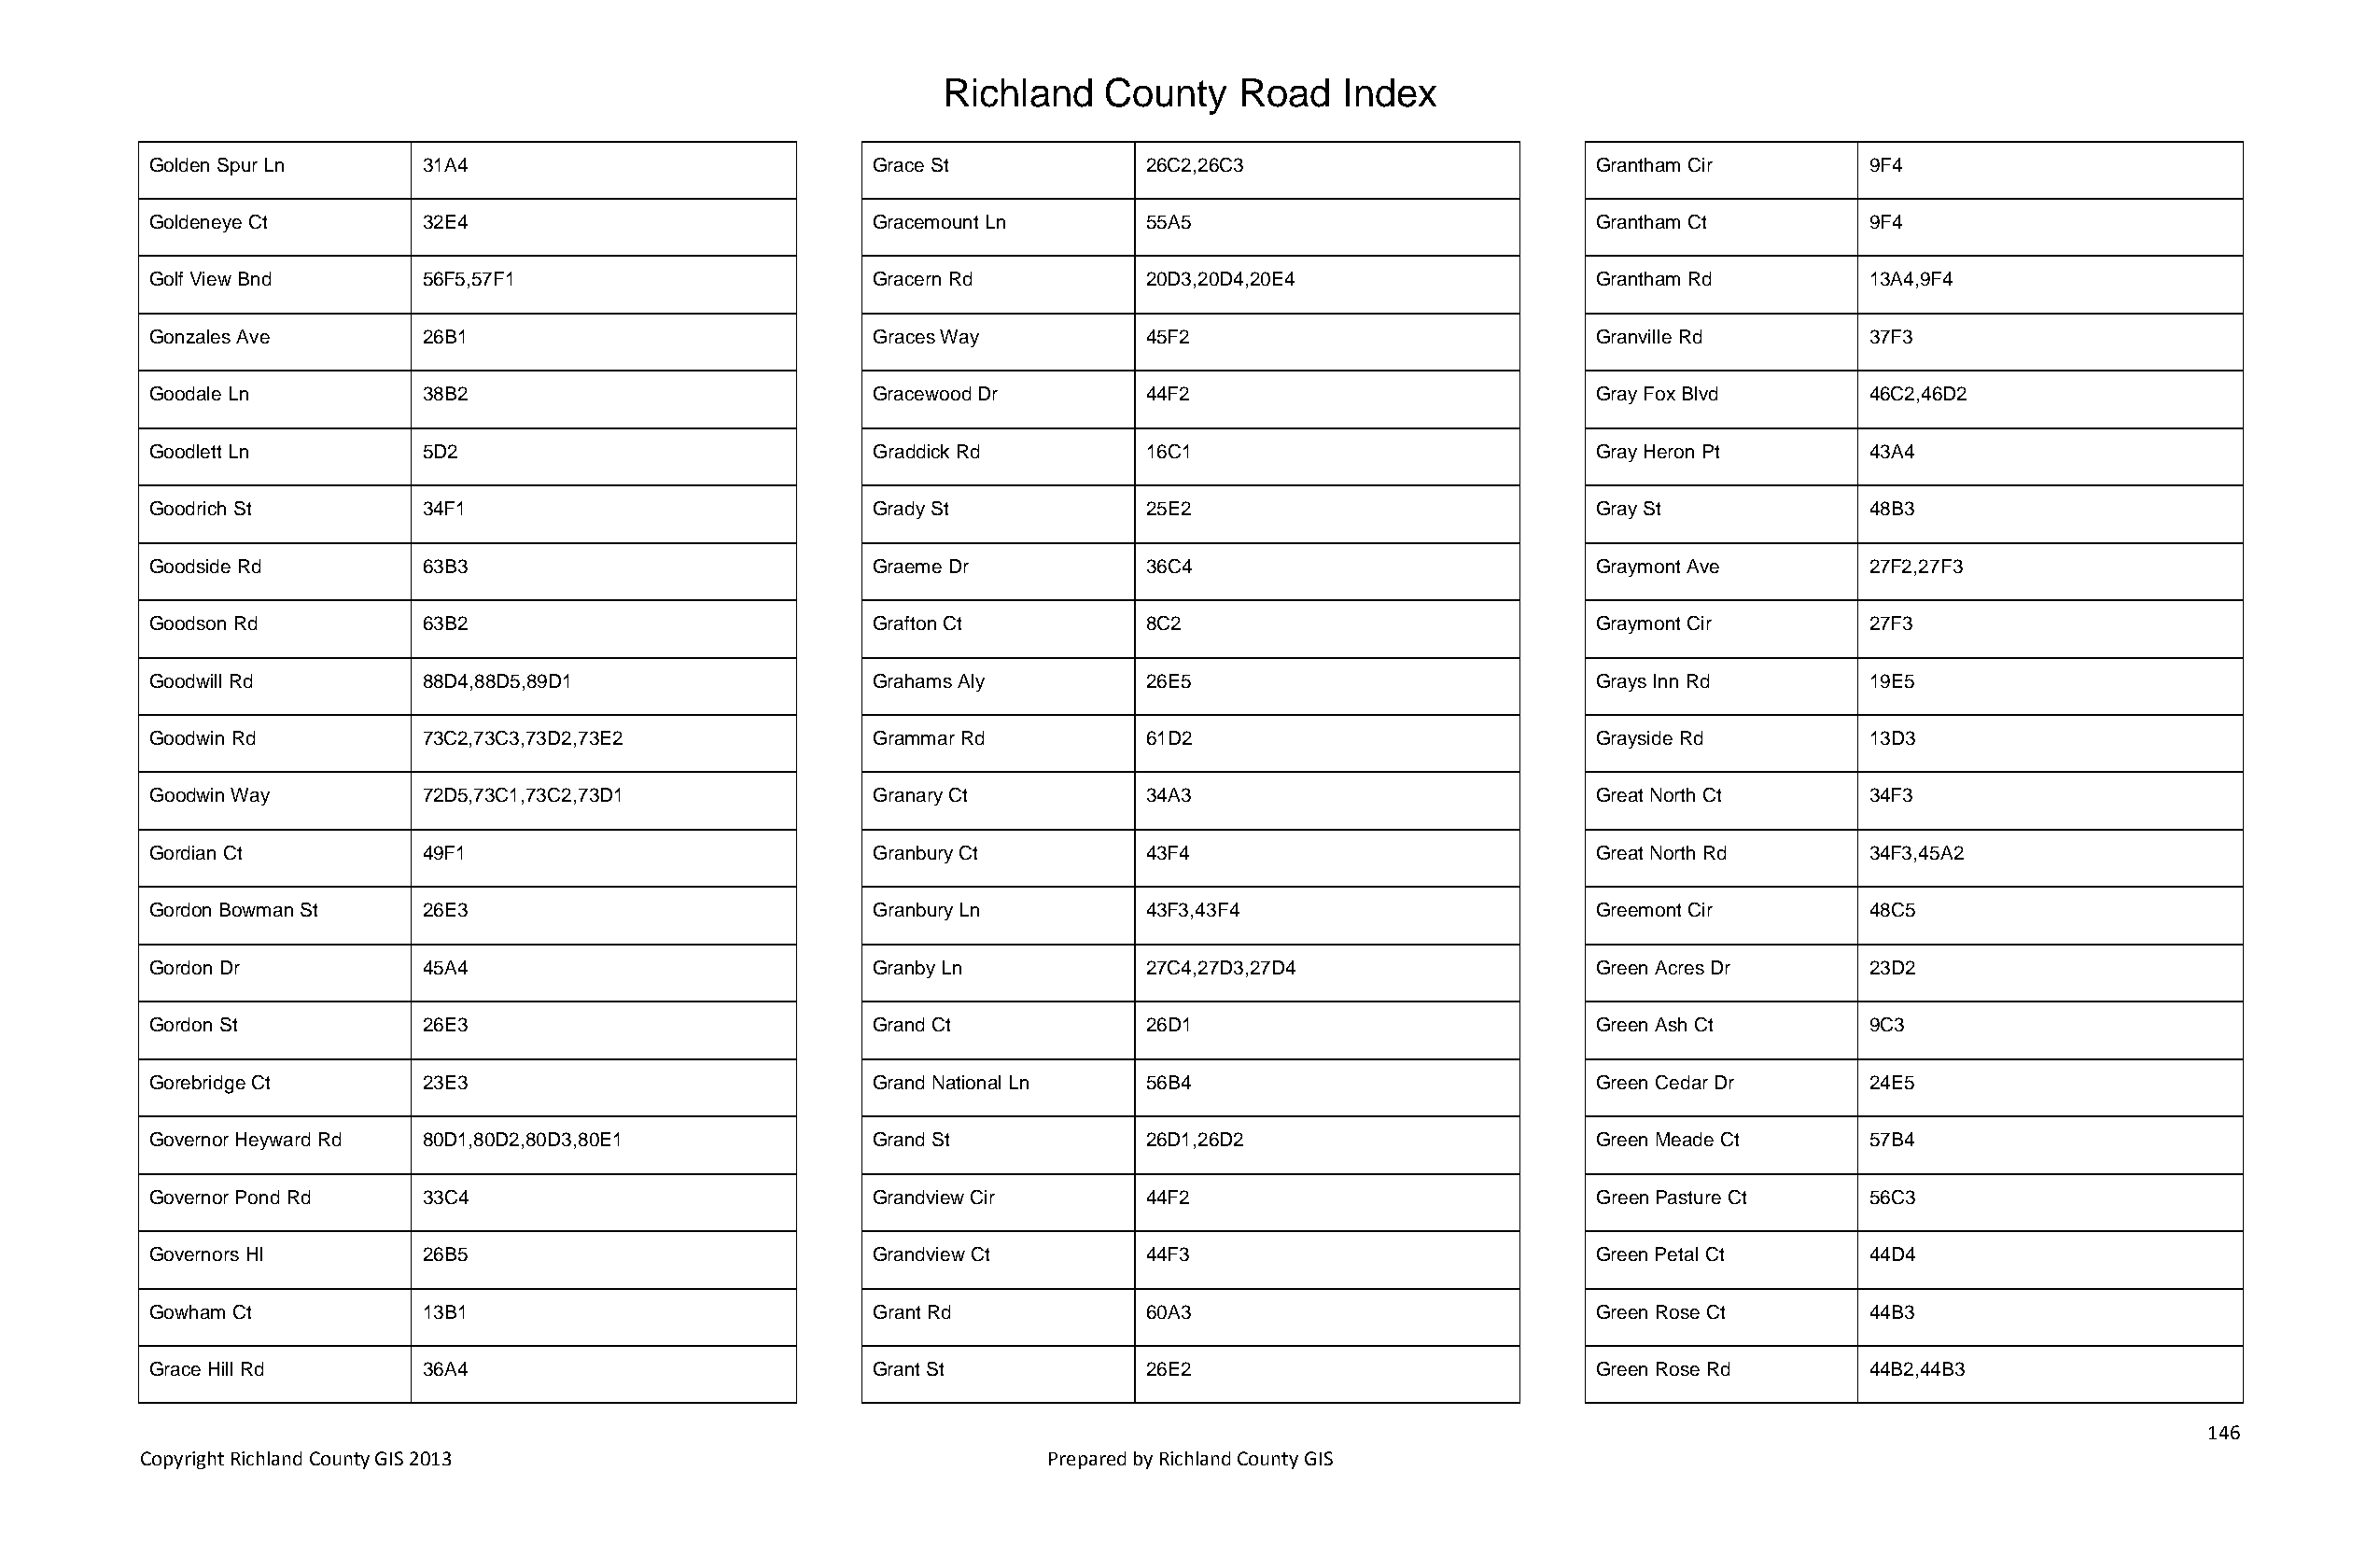
Richland   County    Road   Index
 Golden Spur Ln     31A4                            Grace St           26C2,26C3                       Grantham Cir        9F4
 Goldeneye Ct       32E4                            Gracemount Ln      55A5                            Grantham Ct         9F4
 Golf View Bnd      56F5,57F1                       Gracern Rd         20D3,20D4,20E4                  Grantham Rd         13A4,9F4
 Gonzales Ave       26B1                            Graces Way         45F2                            Granville Rd        37F3
 Goodale Ln         38B2                            Gracewood Dr       44F2                            Gray Fox Blvd       46C2,46D2
 Goodlett Ln        5D2                             Graddick Rd        16C1                            Gray Heron Pt       43A4
 Goodrich St        34F1                            Grady St           25E2                            Gray St             48B3
 Goodside Rd        63B3                            Graeme Dr          36C4                            Graymont Ave        27F2,27F3
 Goodson Rd         63B2                            Grafton Ct         8C2                             Graymont Cir        27F3
 Goodwill Rd        88D4,88D5,89D1                  Grahams Aly        26E5                            Grays Inn Rd        19E5
 Goodwin Rd         73C2,73C3,73D2,73E2             Grammar Rd         61D2                            Grayside Rd         13D3
 Goodwin Way        72D5,73C1,73C2,73D1             Granary Ct         34A3                            Great North Ct      34F3
 Gordian Ct         49F1                            Granbury Ct        43F4                            Great North Rd      34F3,45A2
 Gordon Bowman St   26E3                            Granbury Ln        43F3,43F4                       Greemont Cir        48C5
 Gordon Dr          45A4                            Granby Ln          27C4,27D3,27D4                  Green Acres Dr      23D2
 Gordon St          26E3                            Grand Ct           26D1                            Green Ash Ct        9C3
 Gorebridge Ct      23E3                            Grand National Ln  56B4                            Green Cedar Dr      24E5
 Governor Heyward Rd 80D1,80D2,80D3,80E1            Grand St           26D1,26D2                       Green Meade Ct      57B4
 Governor Pond Rd   33C4                            Grandview Cir      44F2                            Green Pasture Ct    56C3
 Governors Hl       26B5                            Grandview Ct       44F3                            Green Petal Ct      44D4
 Gowham Ct          13B1                            Grant Rd           60A3                            Green Rose Ct       44B3
 Grace Hill Rd      36A4                            Grant St           26E2                            Green Rose Rd       44B2,44B3
 146
 Copyright Richland County GIS 2013                              Prepared by Richland County GIS